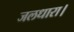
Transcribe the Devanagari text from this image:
जलधारा।